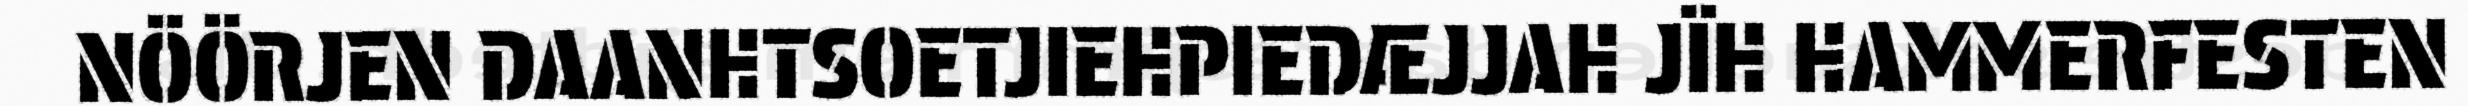
NÖÖRJEN DAANHTSOETJIEHPIEDÆJJAH JÏH HAMMERFESTEN